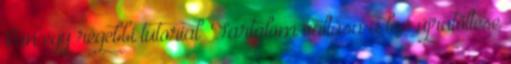
Van egy régebbi tutorial “Tartalom váltása a lap újratöltése